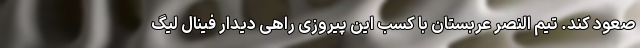
صعود کند. تیم النصر عربستان با کسب این پیروزی راهی دیدار فینال لیگ